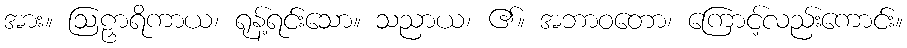
အား။ ဩဠှာရိကာယ၊ ရုန့်ရင်းသော။ သညာယ၊ ၏။ အဘာဝတော၊ ကြောင့်လည်းကောင်း။